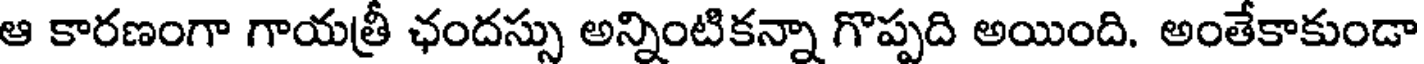
ఆ కారణంగా గాయత్రీ ఛందస్సు అన్నింటికన్నా గొప్పది అయింది. అంతేకాకుండా